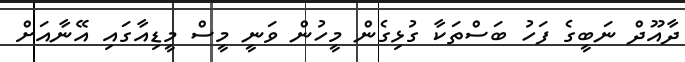
ދާއޫދް ނަބީގެ ފަހު ބަސްތަކާ ގުޅިގެން މީހުން ވަނީ މީސް މީޑިއާގައި އޭނާއަށް